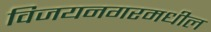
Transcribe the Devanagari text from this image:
विजयनगरमधील